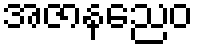
အဇာနညေဝ